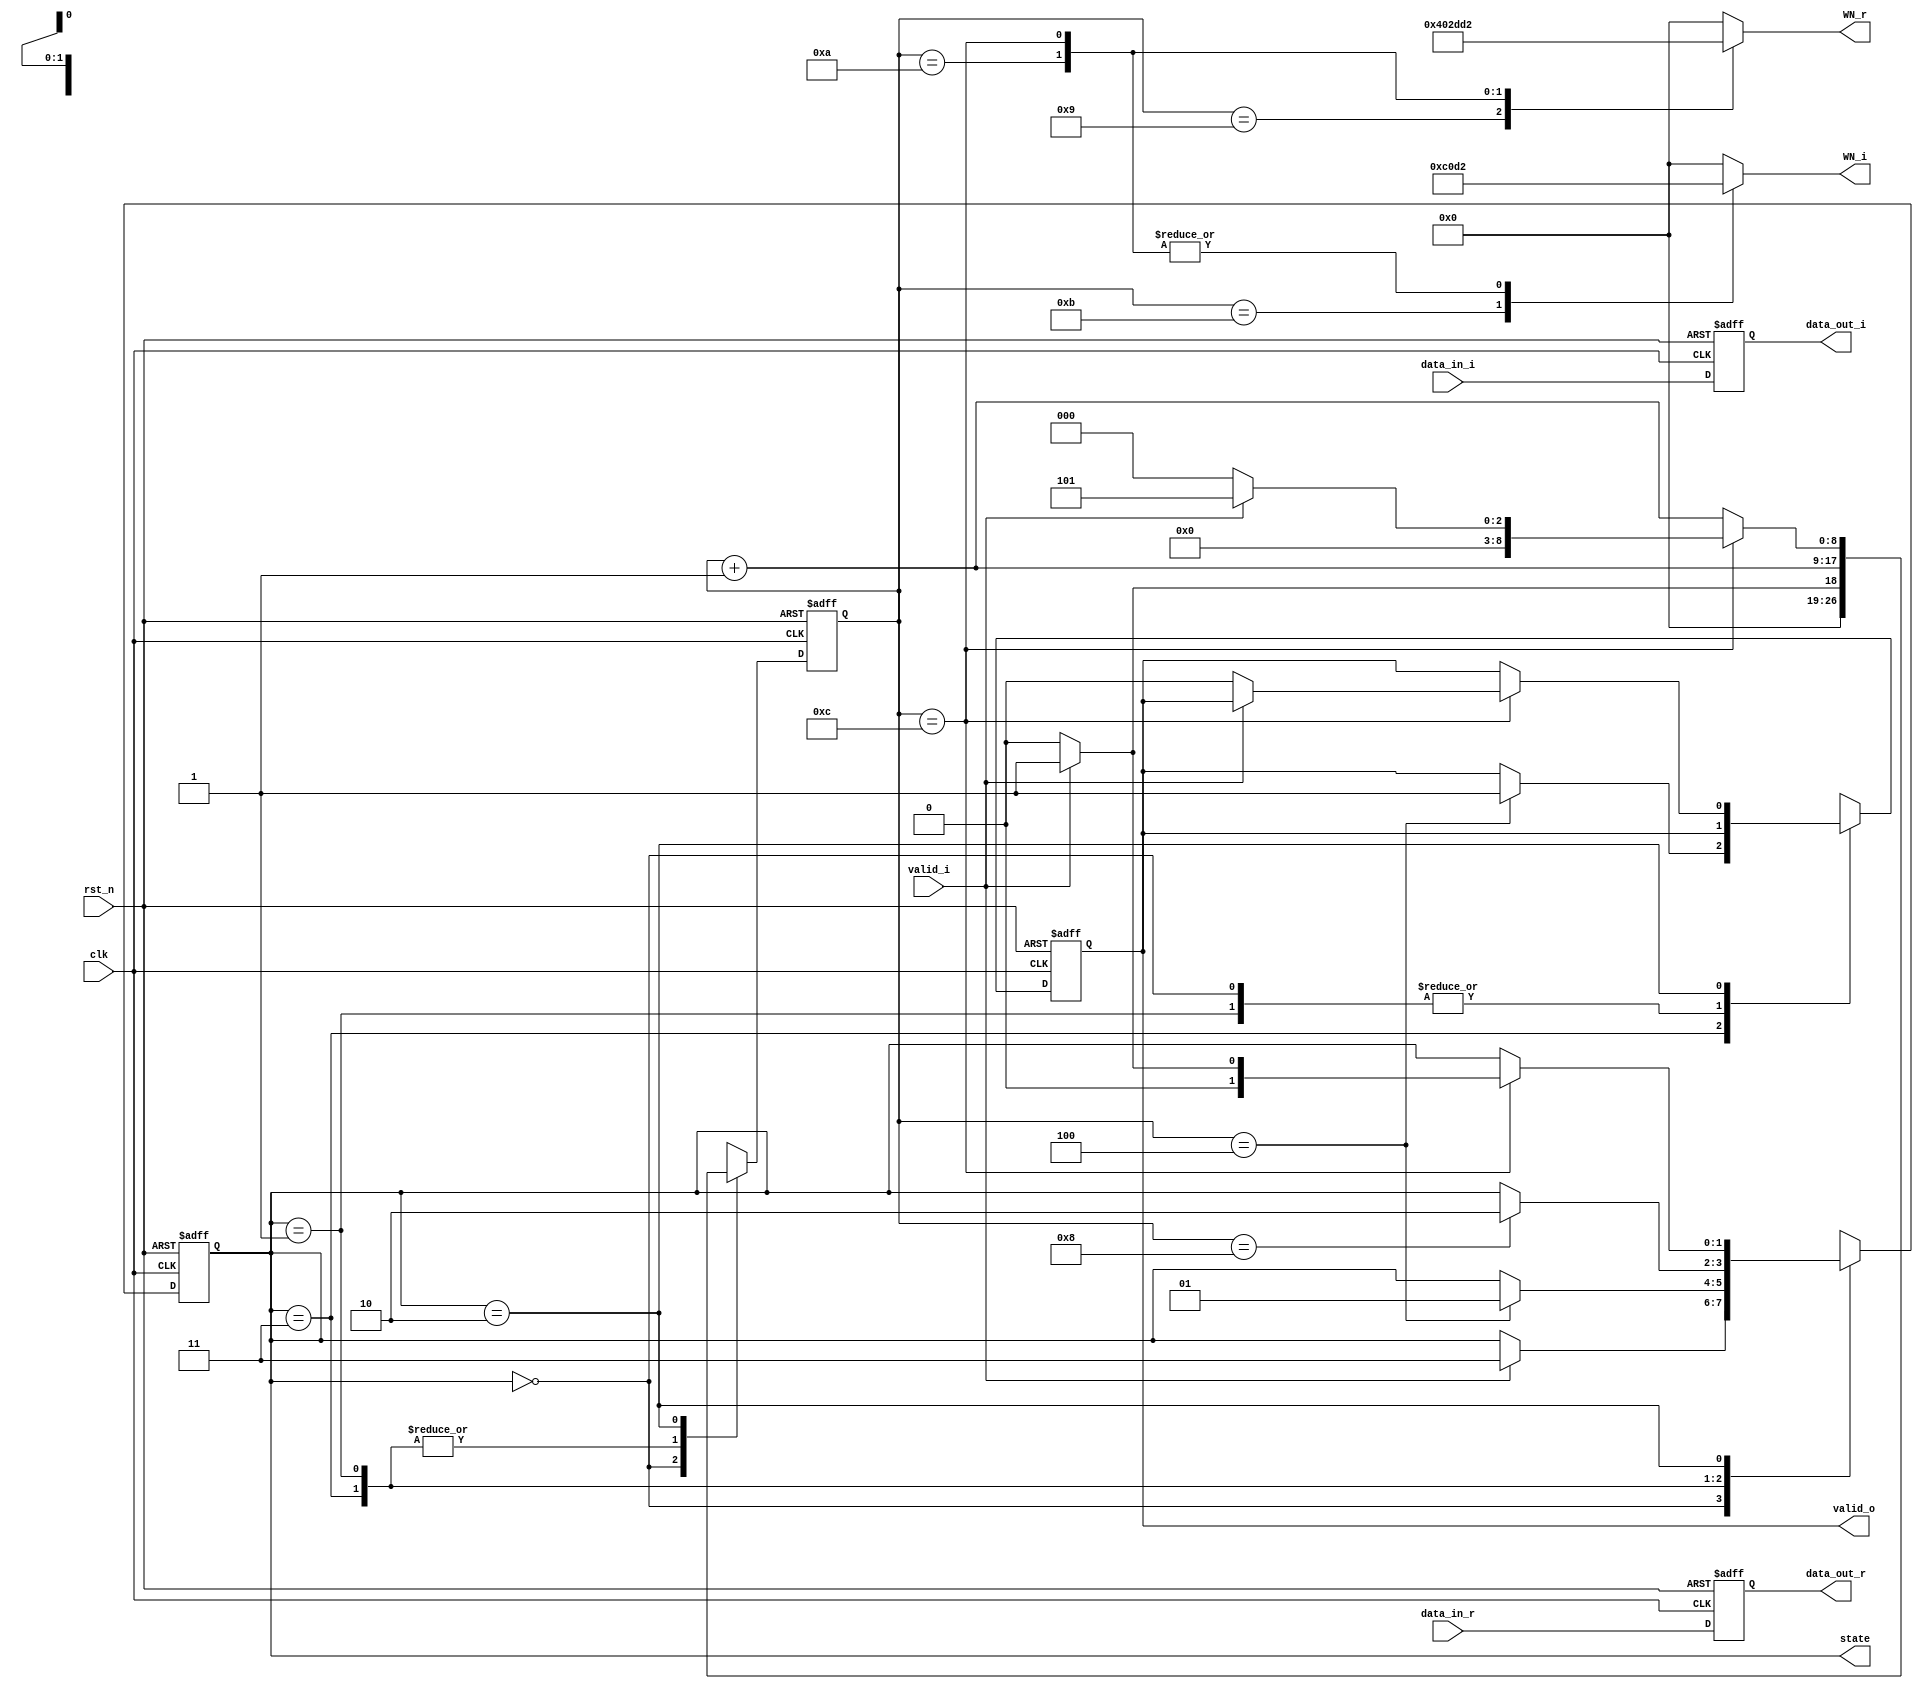
// ===================================================================
// Module: CTRL4
// 
// This is control-unit for 3rd stage Butterfly unit
// Function:
//      1. Determine the input of the Butterfly unit
//      2. Give the exp(-j*2pi*n/N) to Butterfly unit
//      3. Control the input and the mux before/after the shift register
//
// Note that data_out is connected to the port A of the Butterfly unit
//     (flipfloped data_in)
// 
// ===================================================================
module CTRL4(
    input                       clk,
    input                       rst_n,
    input                       valid_i,
    input signed [14:0]         data_in_r,
    input signed [14:0]         data_in_i,
    
    output reg                  valid_o,         
    output reg [1:0]            state,
    output reg signed [14:0]    data_out_r,
    output reg signed [14:0]    data_out_i,
    output reg [7:0]            WN_r,
    output reg [7:0]            WN_i

);
    
    // state parameter
    parameter IDLE      = 2'b00;
    parameter FIRST     = 2'b01;
    parameter SECOND    = 2'b10;
    parameter WAITING   = 2'b11;

    // WN parameter
    parameter ZERO      = 2'b00;
    parameter ONE       = 2'b01;
    parameter TWO       = 2'b10;
    parameter THREE     = 2'b11;

    // Wire-Reg declaration
    reg [8:0] count, next_count;
    reg [1:0] next_state;
    reg next_valid_o;
    
    // Combinational part - state logic
    always@(*) begin
        next_count = count;
        next_state = state;
        next_valid_o = valid_o;
        case(state)
            IDLE: begin
                next_count = 0;
                if(valid_i) begin
                    next_state = WAITING;
                    next_count = 1;
                end
            end
            WAITING: begin
                next_count = count + 1;
                if(count == 4) begin
                    next_state = FIRST;
                    // After 4 cycles, we are going to output g
                    next_valid_o = 1;
                end
            end
            FIRST: begin
                next_count = count + 1;
                if(count == 8) begin
                    // After 8 cycles, we are going to output h
                    next_state = SECOND;
                end
            end
            SECOND: begin
                next_count = count + 1;
                if(count == 12) begin
                    // After 12 cycles, all data have been outputed
                    if(valid_i) begin
                        next_state = FIRST;
                        next_count = 5;
                    end
                    else begin
                        next_state = IDLE;
                        next_count = 0;
                        next_valid_o = 0;
                    end
                end
            end
        endcase
    end

    // Combinational part - WN logic
    always@(*) begin
        // Send the exp(-j*2*pi*n/4) where n go from 0 to 3
        // This is +1, -1 or 0, so the format will changed to 2bit only
        case(count)
            9: begin
                WN_r = 8'b01000000;
                WN_i = 8'b00000000;
            end
            // 34: begin
            //     WN_r = 8'b00111110;
            //     WN_i = 8'b11110011;
            // end
            // 18: begin
            //     WN_r = 8'b00111011;
            //     WN_i = 8'b11100111;
            // end
            // 36: begin
            //     WN_r = 8'b00110101;
            //     WN_i = 8'b11011100;
            // end
            10: begin
                WN_r = 8'b00101101;
                WN_i = 8'b11010010;
            end
            // 38: begin
            //     WN_r = 8'b00100011;
            //     WN_i = 8'b11001010;
            // end
            // 20: begin
            //     WN_r = 8'b00011000;
            //     WN_i = 8'b11000100;
            // end
            // 40: begin
            //     WN_r = 8'b00001100;
            //     WN_i = 8'b11000001;
            // end
            11: begin
                WN_r = 8'b00000000;
                WN_i = 8'b11000000;
            end
            // 42: begin
            //     WN_r = 8'b11110011;
            //     WN_i = 8'b11000001;
            // end
            // 22: begin
            //     WN_r = 8'b11100111;
            //     WN_i = 8'b11000100;
            // end
            // 44: begin
            //     WN_r = 8'b11011100;
            //     WN_i = 8'b11001010;
            // end
            12: begin
                WN_r = 8'b11010010;
                WN_i = 8'b11010010;
            end
            // 46: begin
            //     WN_r = 8'b11001010;
            //     WN_i = 8'b11011100;
            // end
            // 24: begin
            //     WN_r = 8'b11000100;
            //     WN_i = 8'b11100111;
            // end
            // 48: begin
            //     WN_r = 8'b11000001;
            //     WN_i = 8'b11110011;
            // end
            default: begin
                WN_r = 8'b00000000;
                WN_i = 8'b00000000;
            end
        endcase
    end

    // Sequential part
    always@(posedge clk or negedge rst_n) begin
        if(!rst_n) begin
            state <= IDLE;
            count <= 0;
            data_out_r <= 0;
            data_out_i <= 0;
            valid_o <= 0;
        end
        else begin
            state <= next_state;
            count <= next_count;
            data_out_r <= data_in_r;
            data_out_i <= data_in_i;
            valid_o <= next_valid_o;
        end
    end
endmodule